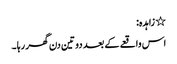
٭ زاہدہ:
اس واقعے کے بعد دو تین دن گھر رہا ۔